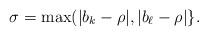
LaTeX: \begin{align*}\sigma = \max( |b_k-\rho|, |b_{\ell} - \rho| \}. \end{align*}